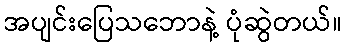
အပျင်းပြေသဘောနဲ့ ပုံဆွဲတယ်။